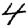
Digit: 4